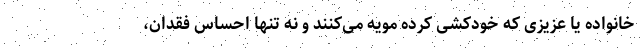
خانواده یا عزیزی که خودکشی کرده مویه می‌کنند و نه تنها احساس فقدان،